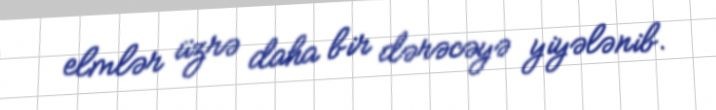
elmlər üzrə daha bir dərəcəyə yiyələnib.